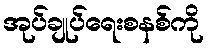
အုပ်ချုပ်ရေးစနစ်ကို